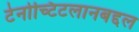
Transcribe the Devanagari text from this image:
टेनोच्टिटलानबद्दल